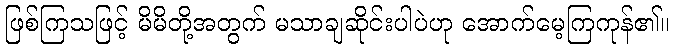
ဖြစ်ကြသဖြင့် မိမိတို့အတွက် မသာချဆိုင်းပါပဲဟု အောက်မေ့ကြကုန်၏။